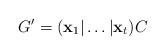
LaTeX: \begin{align*}G'=(\mathbf{x}_1|\dots|\mathbf{x}_t)C\end{align*}